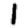
Digit: 1